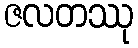
ဇလတဿု